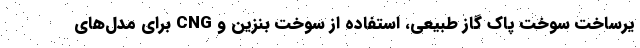
یرساخت سوخت پاک گاز طبیعی، استفاده از سوخت بنزین و CNG برای مدل‌های